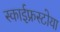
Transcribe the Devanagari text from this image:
स्काईफ्रस्टोया